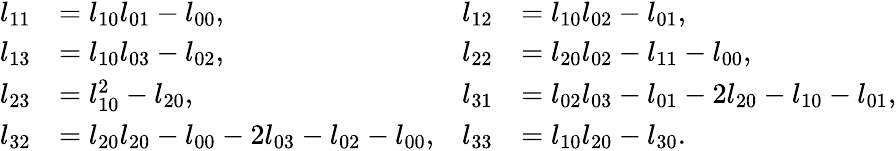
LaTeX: \begin{array}{rlrl}{l_{11}}&{=l_{10}l_{01}-l_{00},}&{l_{12}}&{=l_{10}l_{02}-l_{01},}\\ {l_{13}}&{=l_{10}l_{03}-l_{02},}&{l_{22}}&{=l_{20}l_{02}-l_{11}-l_{00},}\\ {l_{23}}&{=l_{10}^{2}-l_{20},}&{l_{31}}&{=l_{02}l_{03}-l_{01}-2l_{20}-l_{10}-l_{01},}\\ {l_{32}}&{=l_{20}l_{20}-l_{00}-2l_{03}-l_{02}-l_{00},}&{l_{33}}&{=l_{10}l_{20}-l_{30}.}\end{array}